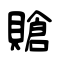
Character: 賶